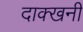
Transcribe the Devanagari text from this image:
दाक्खनी